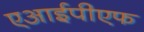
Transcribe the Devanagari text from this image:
एआईपीएफ